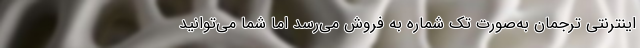
اینترنتی ترجمان به‌صورت تک شماره به‌ فروش می‌رسد اما شما می‌توانید